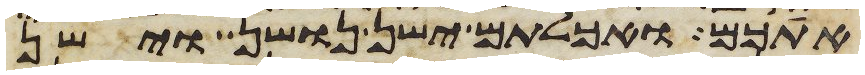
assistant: אתכם ואכלתם ישן נושן וישן